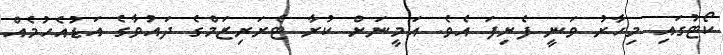
ކޯޓުގައި މިހާރު ވަނީ ފެށިފަ އެވެ. އަމީނަށް ކުރާ ޓެރަރިޒަމްގެ ދައުވާގެ އަޑުއެހުމެއް